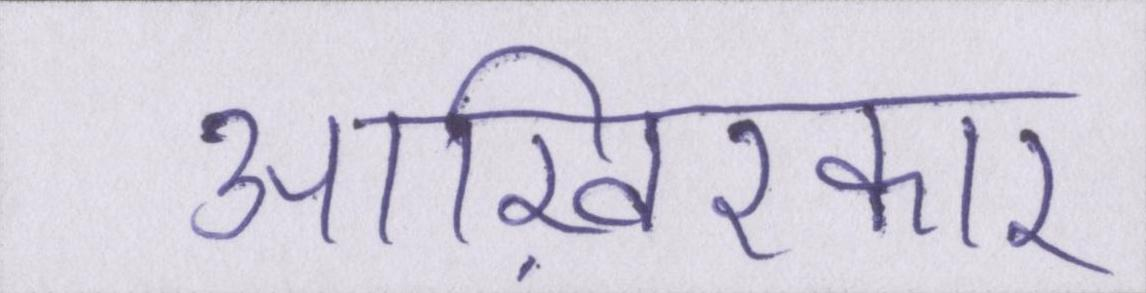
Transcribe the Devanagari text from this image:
आख़िरकार